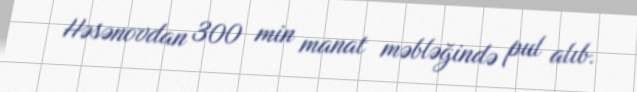
Həsənovdan 300 min manat məbləğində pul alıb.